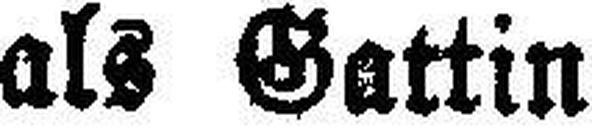
als Gattin